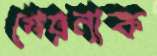
গেয়নাক